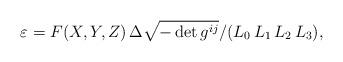
LaTeX: \begin{align*} {\varepsilon}=F(X,Y,Z)\,{\Delta\sqrt{-\det g^{ij}}}/{({L}_0\,{L}_1\,{L}_2\,{L}_3)},\end{align*}